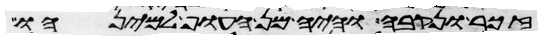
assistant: זכר ונקבה והיה מן העוף למינהו